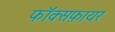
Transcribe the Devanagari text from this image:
फॉक्सफ़ायर